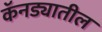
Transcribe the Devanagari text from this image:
कॅनड्यातील